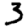
Digit: 3